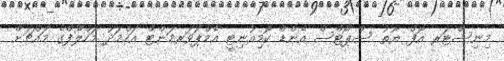
މިނިސްޓަރ އޮފް ޔޫތު ސްޕޯޓްސް އެންޑް ކޮމިއުނިޓީ އެމްޕަވަރމަންޓް އަހްމަދު މަހްލޫފްގެ މައްޗަށް